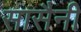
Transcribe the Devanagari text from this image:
सासैनी